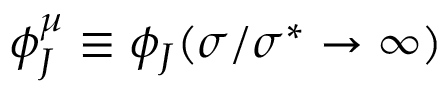
\phi _ { J } ^ { \mu } \equiv \phi _ { J } ( \sigma / \sigma ^ { * } \to \infty )